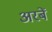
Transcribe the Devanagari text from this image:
अरबें